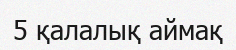
5 қалалық аймақ